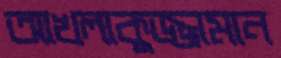
আখলাকুজ্জামান